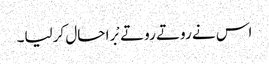
اس نے روتے روتے بْرا حال کرلیا۔